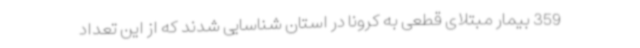
359 بیمار مبتلای قطعی به کرونا در استان شناسایی شدند که از این تعداد